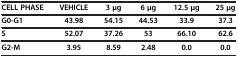
<table><thead><tr><td><b>CELL PHASE</b></td><td><b>VEHICLE</b></td><td><b>3 μg</b></td><td><b>6 μg</b></td><td><b>12.5 μg</b></td><td><b>25 μg</b></td></tr></thead><tbody><tr><td><b>G0-G1</b></td><td><b>43.98</b></td><td><b>54.15</b></td><td><b>44.53</b></td><td><b>33.9</b></td><td><b>37.3</b></td></tr><tr><td><b>S</b></td><td><b>52.07</b></td><td><b>37.26</b></td><td><b>53</b></td><td><b>66.10</b></td><td><b>62.6</b></td></tr><tr><td><b>G2-M</b></td><td><b>3.95</b></td><td><b>8.59</b></td><td><b>2.48</b></td><td><b>0.0</b></td><td><b>0.0</b></td></tr></tbody></table>